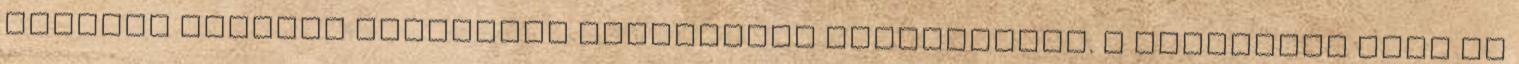
tévútra vezette annyiszor megdicsért éleslátását. A rendőrség abba az